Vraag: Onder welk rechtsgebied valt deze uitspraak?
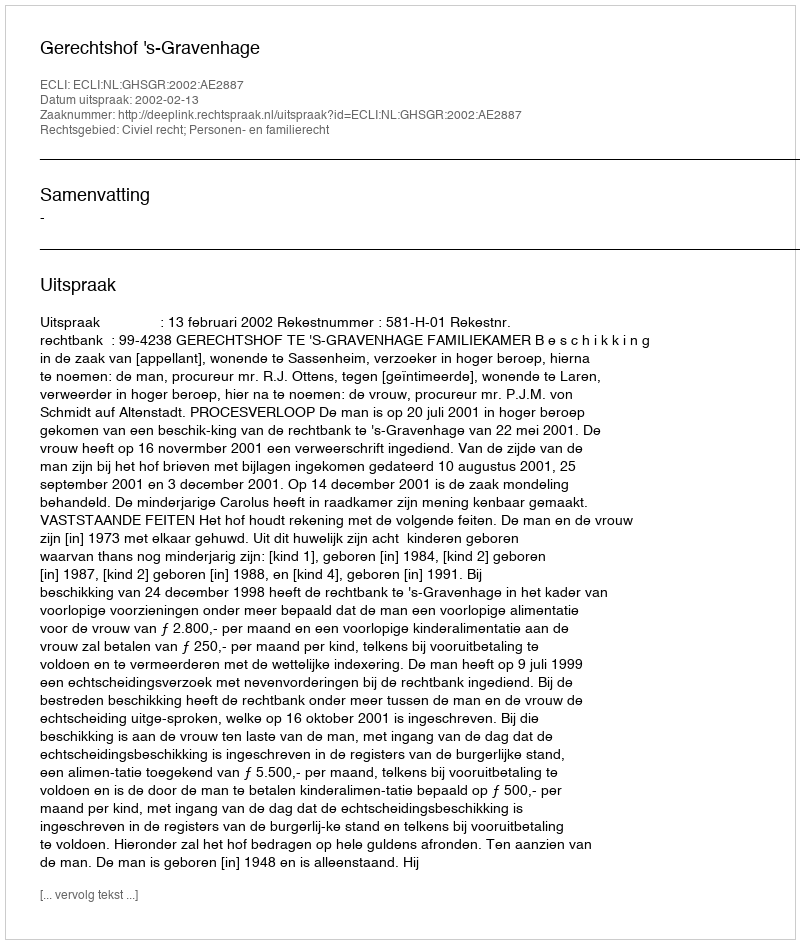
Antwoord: Civiel recht; Personen- en familierecht